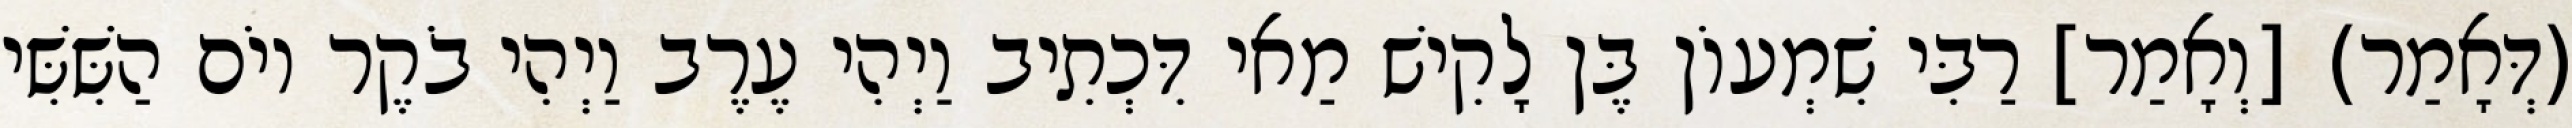
(דְּאָמַר) [וְאָמַר] רַבִּי שִׁמְעוֹן בֶּן לָקִישׁ מַאי דִּכְתִיב וַיְהִי עֶרֶב וַיְהִי בֹקֶר יוֹם הַשִּׁשִּׁי